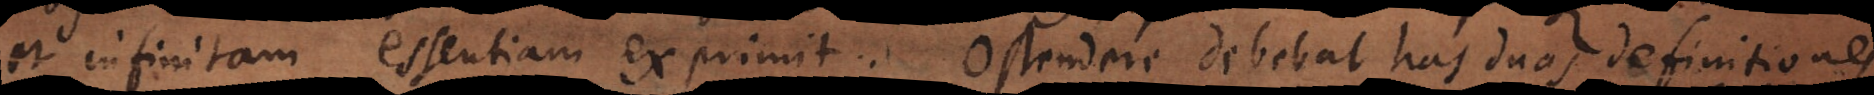
et infinitam essentiam exprimit. Ostendere debebat has duas definitiones